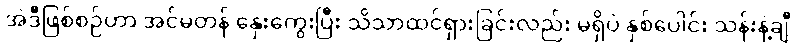
အဲဒီဖြစ်စဉ်ဟာ အင်မတန် နှေးကွေးပြီး သိသာထင်ရှားခြင်းလည်း မရှိပဲ နှစ်ပေါင်း သန်းနဲ့ချီ